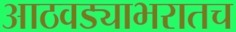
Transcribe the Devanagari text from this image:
आठवड्याभरातच